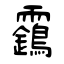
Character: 靎